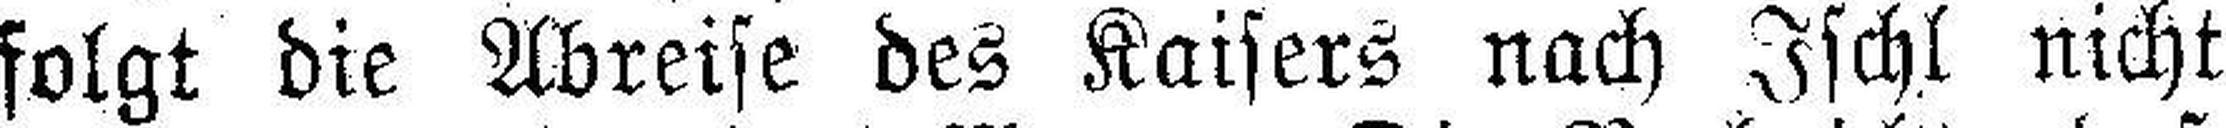
folgt die Abreise des Kaisers nach Ischl nicht